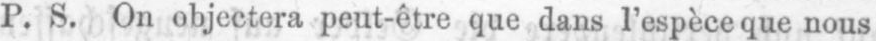
P. S. On objectera peut-être que dans l’espèce que nous